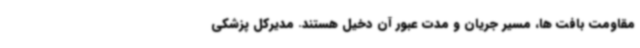
مقاومت بافت ها، مسیر جریان و مدت عبور آن دخیل هستند. مدیرکل پزشکی